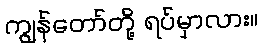
ကျွန်တော်တို့ ရပ်မှာလား။